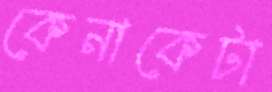
কেনাকেটা